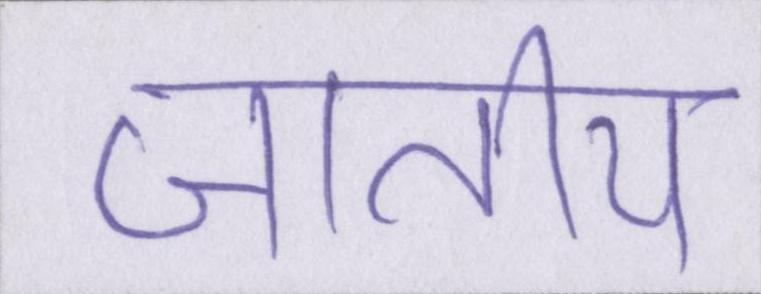
जातीय